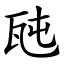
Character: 瓲